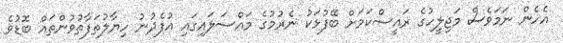
އެހެން ނަމަވެސް މަޖިލީހުގެ ރައީސްކަމަށް ބޭފުޅަކު ނެރުމުގެ މައްސަލައިގައި އުފެދުނު ހިޔާލުތަފާތުވުންތައް ބޮޑުވެ